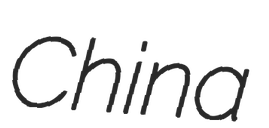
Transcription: China